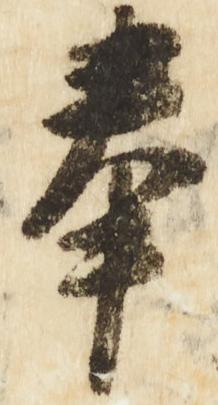
奉